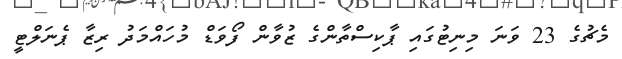
މެޗުގެ 23 ވަނަ މިނިޓުގައި ޕާކިސްތާންގެ ޒުވާން ފޯވަޑް މުހައްމަދު ރިޒާ ޕެނަލްޓީ